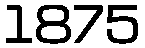
1875